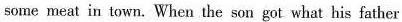
some meat in town. When the son got what his father